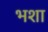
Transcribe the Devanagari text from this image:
भशा